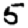
Digit: 5